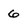
Character: 6